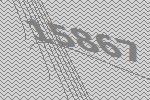
15867